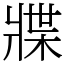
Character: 牃